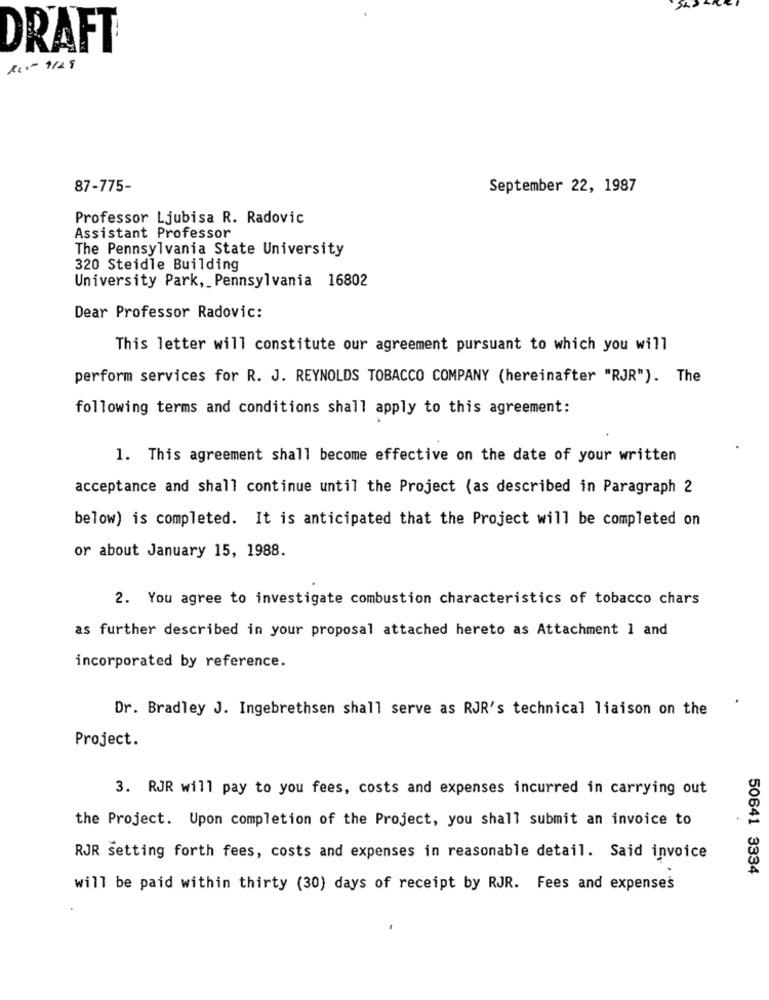
DRAFT
RCI- 9125
87-775-
September 22, 1987
Professor Ljubisa R. Radovic
Assistant Professor
The Pennsylvania State University
320 Steidle Building
University Park, Pennsylvania 16802
Dear Professor Radovic:
This letter will constitute our agreement pursuant to which you will
perform services for R. J. REYNOLDS TOBACCO COMPANY (hereinafter "RJR"). The
following terms and conditions shall apply to this agreement:
1. This agreement shall become effective on the date of your written
acceptance and shall continue until the Project (as described in Paragraph 2
below) is completed. It is anticipated that the Project will be completed on
or about January 15, 1988.
2. You agree to investigate combustion characteristics of tobacco chars
as further described in your proposal attached hereto as Attachment 1 and
incorporated by reference.
Dr. Bradley J. Ingebrethsen shall serve as RJR's technical liaison on the
Project.
3. RJR will pay to you fees, costs and expenses incurred in carrying out
the Project. Upon completion of the Project, you shall submit an invoice to
RJR setting forth fees, costs and expenses in reasonable detail. Said invoice
50641 3334
will be paid within thirty (30) days of receipt by RJR. Fees and expenses